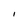
Character: I